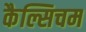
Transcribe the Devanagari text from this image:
कैल्सिचम